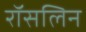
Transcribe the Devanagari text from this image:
रॉसलिन